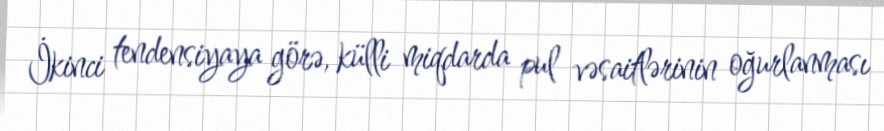
İkinci tendensiyaya görə, külli miqdarda pul vəsaitlərinin oğurlanması